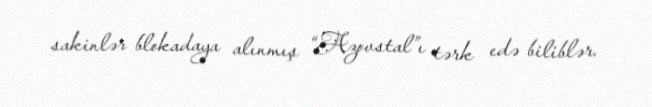
sakinlər blokadaya alınmış “Azovstal”ı tərk edə biliblər.